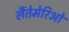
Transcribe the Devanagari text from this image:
लैंतेमेरिओ